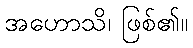
အဟောသိ၊ ဖြစ်၏။